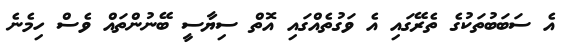
އެ ސަބަބުތަކުގެ ތެރޭގައި އެ ވަގުތެއްގައި އޮތް ސިޔާސީ ބޭނުންތައް ވެސް ހިމެނެ